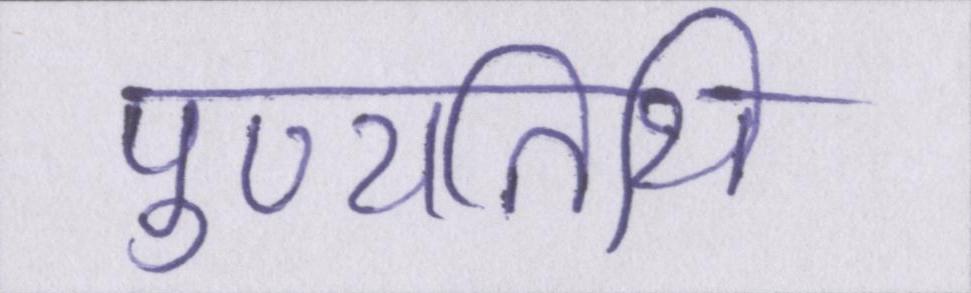
पुण्यतिथि